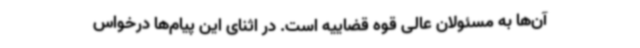
آن‌ها به مسئولان عالی قوه قضاییه است. در اثنای این پیام‌ها درخواس